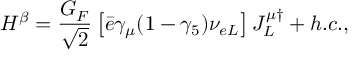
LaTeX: { \cal H } ^ { \beta } = \frac { G _ { { F } } } { \sqrt { 2 } } \left[ \bar { e } \gamma _ { \mu } ( 1 - \gamma _ { 5 } ) \nu _ { { e L } } \right] J _ { L } ^ { \mu \dagger } + { h . c . } ,